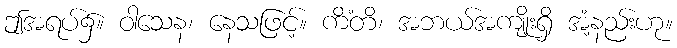
ဤအရပ်၌။ ဝါသေန၊ နေသဖြင့်။ ကိံတိ၊ အဘယ်အကျိုးရှိ အံ့နည်းဟု။